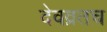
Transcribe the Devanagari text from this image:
देवव्रतच